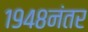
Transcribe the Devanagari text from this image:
१९४८नंतर